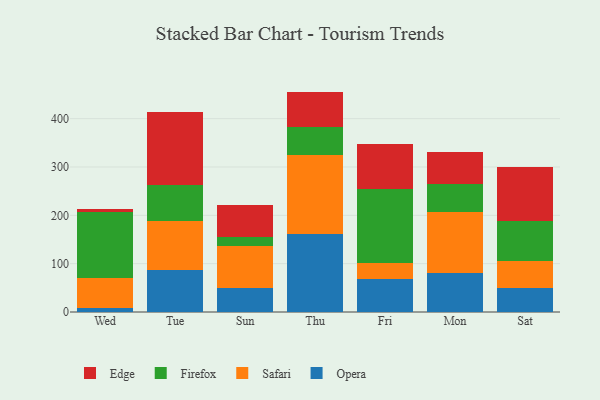
{"axis": {"x": "Day", "y": "Revenue (USD Million)"}, "legend": ["Edge", "Firefox", "Opera", "Safari"], "data": [{"x": "Wed", "y": 7.3, "type": "Opera"}, {"x": "Wed", "y": 62.4, "type": "Safari"}, {"x": "Wed", "y": 138.1, "type": "Firefox"}, {"x": "Wed", "y": 5.2, "type": "Edge"}, {"x": "Tue", "y": 87.2, "type": "Opera"}, {"x": "Tue", "y": 101.9, "type": "Safari"}, {"x": "Tue", "y": 74.2, "type": "Firefox"}, {"x": "Tue", "y": 150.6, "type": "Edge"}, {"x": "Sun", "y": 48.7, "type": "Opera"}, {"x": "Sun", "y": 87.3, "type": "Safari"}, {"x": "Sun", "y": 18.9, "type": "Firefox"}, {"x": "Sun", "y": 66.7, "type": "Edge"}, {"x": "Thu", "y": 161.0, "type": "Opera"}, {"x": "Thu", "y": 163.1, "type": "Safari"}, {"x": "Thu", "y": 58.8, "type": "Firefox"}, {"x": "Thu", "y": 73.1, "type": "Edge"}, {"x": "Fri", "y": 68.1, "type": "Opera"}, {"x": "Fri", "y": 33.0, "type": "Safari"}, {"x": "Fri", "y": 154.3, "type": "Firefox"}, {"x": "Fri", "y": 92.6, "type": "Edge"}, {"x": "Mon", "y": 81.7, "type": "Opera"}, {"x": "Mon", "y": 124.8, "type": "Safari"}, {"x": "Mon", "y": 58.7, "type": "Firefox"}, {"x": "Mon", "y": 65.9, "type": "Edge"}, {"x": "Sat", "y": 49.1, "type": "Opera"}, {"x": "Sat", "y": 56.4, "type": "Safari"}, {"x": "Sat", "y": 82.2, "type": "Firefox"}, {"x": "Sat", "y": 111.3, "type": "Edge"}]}